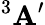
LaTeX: ^{3}\mathbf{A}^{\prime}